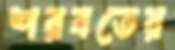
শরবতের